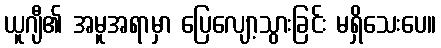
ယူဂျီ၏ အမူအရာမှာ ပြေလျော့သွားခြင်း မရှိသေးပေ။